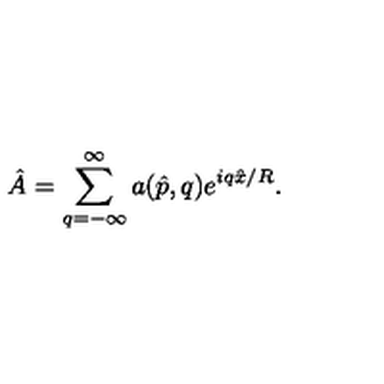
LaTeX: \hat { A } = \sum _ { q = - \infty } ^ { \infty } a ( \hat { p } , q ) e ^ { i q \hat { x } / R } .